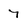
Character: 7